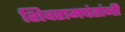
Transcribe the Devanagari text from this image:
शिवरामपंतांनी